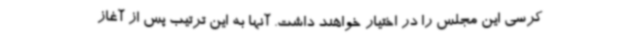
کرسی این مجلس را در اختیار خواهند داشت. آنها به این ترتیب پس از آغاز